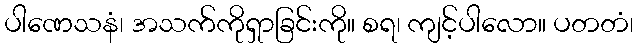
ပါဏေသနံ၊ အသက်ကိုရှာခြင်းကို။ စရ၊ ကျင့်ပါလော။ ပတတံ၊